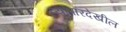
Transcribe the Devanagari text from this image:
व्यापारदेखील